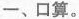
─、口算。